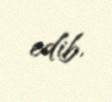
edib.